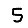
Digit: 5